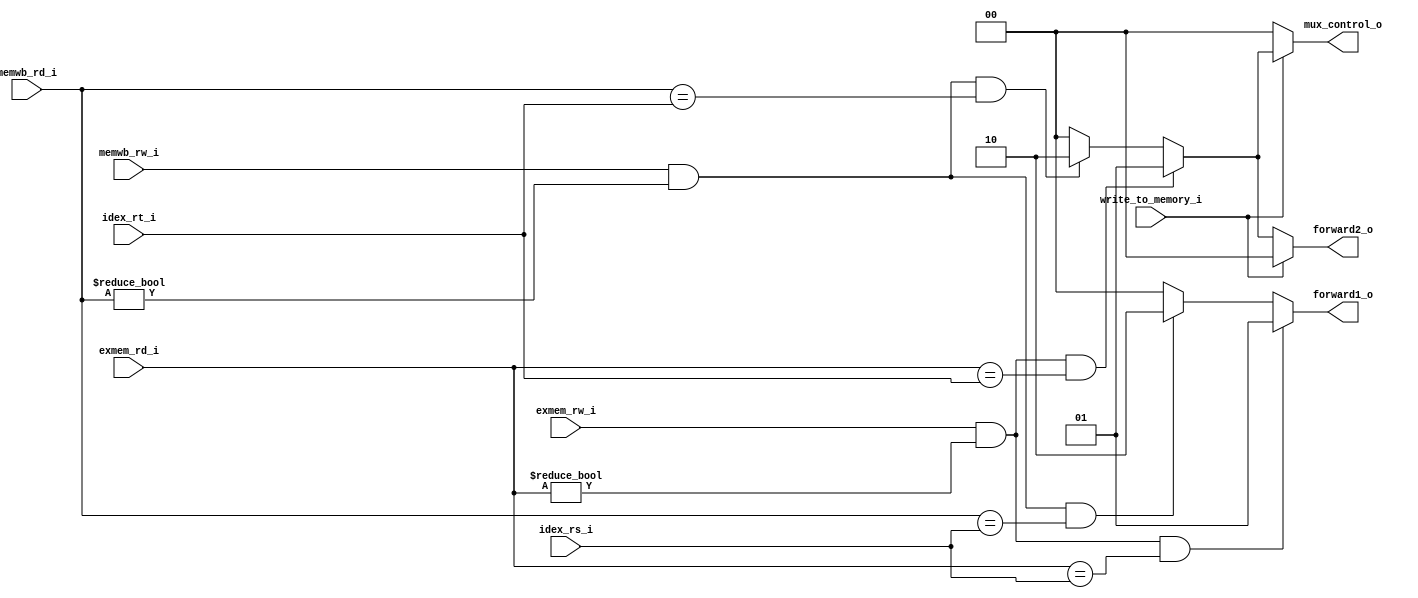
//Subject:     CO project 2 - forward
//--------------------------------------------------------------------------------
//Version:     1
//--------------------------------------------------------------------------------
//Writer:      Luke
//----------------------------------------------
//----------------------------------------------
//Description: 
//--------------------------------------------------------------------------------
     
module ForwardingUnit(
               exmem_rd_i,
               exmem_rw_i,
               memwb_rd_i,
			   memwb_rw_i,
			   write_to_memory_i,
			   
               idex_rs_i,
               idex_rt_i,
               forward1_o,
               forward2_o,
			   mux_control_o
               );


input [5-1:0] 	exmem_rd_i;
input 	exmem_rw_i;
input [5-1:0]   memwb_rd_i;
input 	memwb_rw_i;
input 	   write_to_memory_i;
			   
input     [5-1:0]    idex_rs_i;
input     [5-1:0]    idex_rt_i;

output reg [1:0] forward1_o;
output reg [1:0] forward2_o;
output reg [1:0] mux_control_o;

always@(*)begin
	//forward from exmem
	if((exmem_rw_i) && (exmem_rd_i !=0) && (exmem_rd_i == idex_rs_i) )begin
		forward1_o = 2'b01;
	end
	else if( (memwb_rw_i) && (memwb_rd_i!=0) && (memwb_rd_i == idex_rs_i) )begin
		forward1_o = 2'b10;
	end
	else begin
		forward1_o = 0;
	end
end

always@(*)begin
	if(write_to_memory_i)begin
		forward2_o = 0;
	end
	else if((exmem_rw_i) && (exmem_rd_i !=0) && (exmem_rd_i == idex_rt_i) )begin
		forward2_o = 2'b01;
	end
	else if( (memwb_rw_i) && (memwb_rd_i!=0) && (memwb_rd_i == idex_rt_i) )begin
		forward2_o = 2'b10;
	end
	else begin
		forward2_o = 0;
	end
end

always@(*)begin
	if((write_to_memory_i))begin
		if((exmem_rw_i) && (exmem_rd_i !=0) && (exmem_rd_i == idex_rt_i))begin
			mux_control_o = 1;
		end		
		else if( (memwb_rw_i) && (memwb_rd_i!=0) && (memwb_rd_i == idex_rt_i) )begin
			mux_control_o = 2;
		end
		else begin
			mux_control_o = 0;
		end
	end
	else
		mux_control_o = 0;
end
endmodule